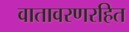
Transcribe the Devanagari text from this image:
वातावरणरहित